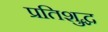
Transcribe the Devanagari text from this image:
प्रतिशुद्ध